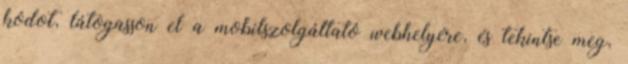
kódot, látogasson el a mobilszolgáltató webhelyére, és tekintse meg,